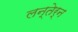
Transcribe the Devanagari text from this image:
लन्तेर्न